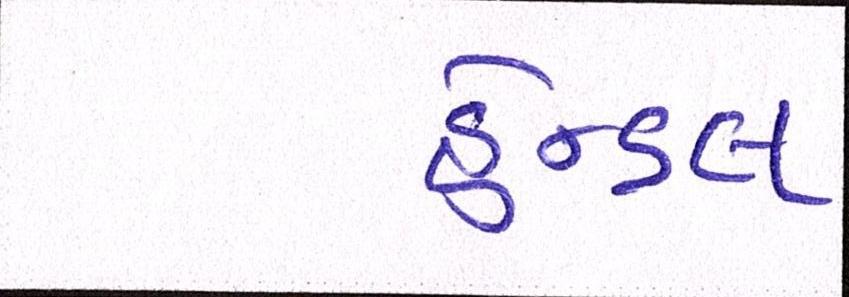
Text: હેન્ડલ